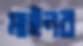
মাইনর